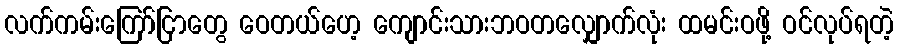
လက်ကမ်းကြော်ငြာတွေ ဝေတယ်ဟေ့ ကျောင်းသားဘဝတလျှောက်လုံး ထမင်းဝဖို့ ဝင်လုပ်ရတဲ့